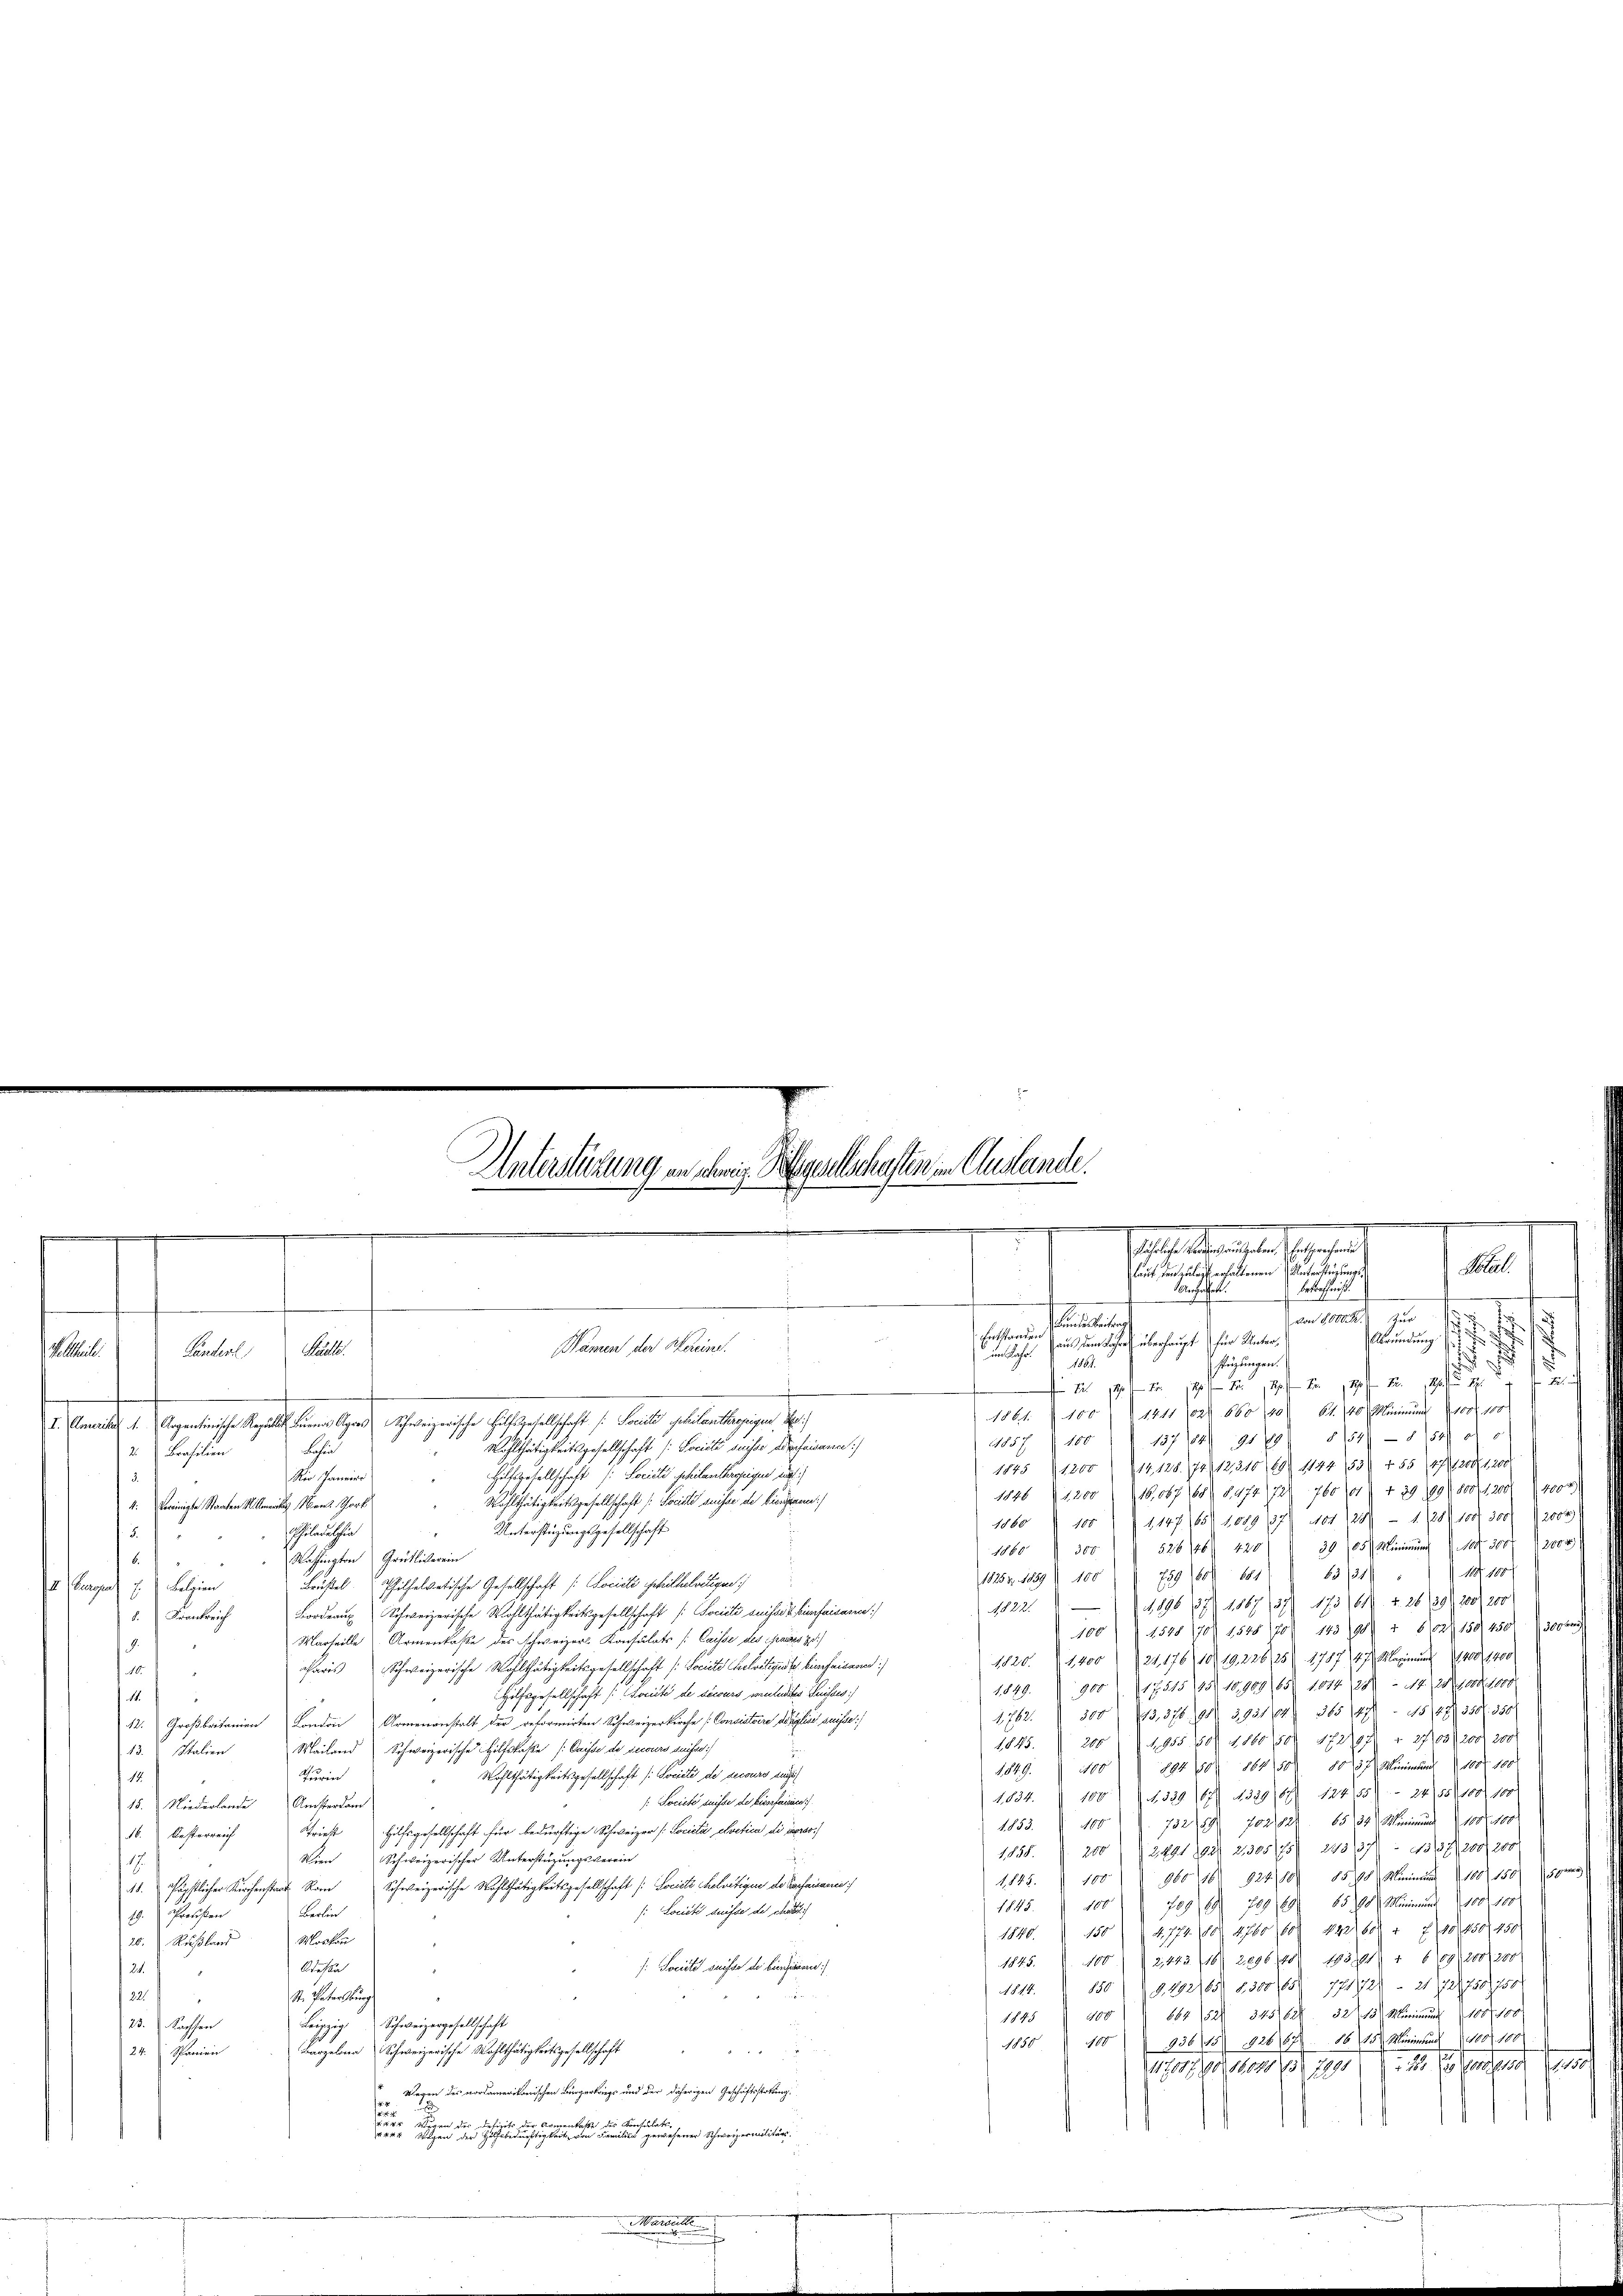
Z. 1901 f 4 Fr. 12 Fr. 1790 R. 20 Fr.
1861. 100 (1411 (ad 660 (1406. 40 Minimus 100 f. 100
I. Anweile 1. Argentinische Regelst Birnes Ayres Schweizerische Hilfsgesellschaft (: Societe Geheilanthrezeigen Be
11857 100 " " 137 (84) 1919 § 1540 - 8 (54) ad
 Wohlthätigkeitsgesellschaft (: Société suisse Aderfaisance)
Chu
Brasilien
2
1845 (1200 (14128. 74, 12310), 69. 1144 (55) + 55 147. 200 (120
Hilfsgesellschaft (: Socicti philantherzeigen und
Ner Janeiro
3.
1146 (1200 (16,867 168) 8.474/72) 760 (1 + 29 1891 800 f 12001 (4000.
Wohlthätigkeitsgesellschaft ( Socisté suisse de bienstern)
4: Vereinigte Staaten 1. Amte M. Thort
1860 105 § 1147. 165. 1089 37) 401 128) — 1128) 1001 300 f 2004
Unterstüzungsgesellschaft
hiladelphin
a
526/46/ 420  30 (85/ Minimung No. 300 f 200 x
1860 " 300
6.
Mahlington Grütliberein
108. 160
789 (1601 1884) § 63/311
18257. 1859 100
Brüstel. Philhelvetische Gesellschaft ( Societe Schilhelvetigen
I Europa 7. v. Belgien
1896 37. 1867 (137) 173 (1611 f. 26 (39) 200, 200
1822.
2. Frankreich Bordraŭ Schweizerische Wohlthätigkeitsgesellschaft ( Société suisse u. Einfaisance
100/ 1520 170/ 1525/20) 1852 § 6102, 150. 450, 3000
Marseille Armenkasse des schweizerl Konsulats [Caisse des Pauses z
8.
1820. 1400) 24, 176, 1819, 226, 25) 1787 47. Maximung 4400 1400
aris Schweizerische Wohlthätigkeitsgesellschaft (: Societe Helvetizistes bien faisane)
48.
1849. 900 (1751545) 10909. 65. 1814 (28) - 14. 28. 1000. 1000
Hilfsgesellschaft [Société de securs verledites Suisses
14.
1
1762. 300. 443, 376. 198. 3931644 365 (147. 1848 350. 350
12. Großbritanien London Armenanstalt der reformirten Schweizerkirche Consistoire de reise suisse
1845. 200/1955. 10. 1860 /50 182799) + 27/03 200 f 200
Mailand Schweizerische Hilfskasse (Caisse de secours suisse:
13. Stalien
1849. 1100. 284 10 164 (80 10 35 Minimung 100 f 100
Wohlthätigkeitsgesellschaft (: Société de secours du
Turin
18
1834. 100) (N. 339. 167) 4329/67) 124155).- 24/58), 100. 100
/: Societe suisser der hiessfaurice).
15. Niederlande Resterdam
1833. 100) Z. 732/49) 702/82. 85, 24 Minimung d. 1000. 1000
16. Besterreich Triest Hilfsgesellschaft für bedürftige Schweizer [Società elvetica die Perso
1850. 200 2491892) 21305/75) 2431371 - 1537), 200, 200
Wien Schweizerischer Unterstüzungsverein
e
1.845.  100 " 960 (16 824/10. 1588 Minimus 108. 150 (188
. Päpstlicher Kirchenstaat Rom Schweizerische Wohlthätigkeitsgesellschaft (: Societs helvetigen de Vorfaisance
1845.  100 " 789 89 789 1891. 6500 Minimund 100. 100
/: Société suisse der hat.
Berlin
19. Preußen
1840. 1504. 774 (80) 4760, 160) 422, 60 + 7/10 450, 450
20. Rußland Marken
1845. I. 100 (2122 (16) 2896/10 1031 1 609, 200 f 20
/: Société suisse de biensiven)
Wesen
24.
1814. 850 § 9492165 8300/65 771721 2172750,750
2
St. Patersburg
22
664 521 345162 32 13 Marien 1007 100
100
1845
23. Nachsen
Leipzig Schweizergesellschaft
100936/15 1826 67. 86. 15 Minimund 100 f 100
1850
Barzelena Schweizerische Wohlthätigkeitsgesellschaft
n
24. Spanien
11709. No 1371241) sich
 Wegen des nordamerikanischen Bürgerkriegs und der daherigen Geschäftsstattung.
latr
Betei
                                           seiner Schweizerialitär
weren und
Marseille
n

2. Seit

Pachte.
Ländert,

Unterstüzung an schweiz. Gegenschaften in Auslande
Attesdiensten begegen
Salat.
laut den zu erhaltenen Unterstüzung
Betreffniß.
Angaben
d
von 8000 M. zur
Kandidaten
.

Abründung
Entstanden aus dem Jahres überhaupt für Unter¬
Namen der Bereine.
.
uelahr
.
fügungen.
1884.

d

.